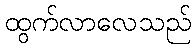
ထွက်လာလေသည်